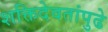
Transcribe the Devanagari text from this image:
शक्तिदेवतांपुढे